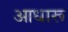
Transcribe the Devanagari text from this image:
आधारू